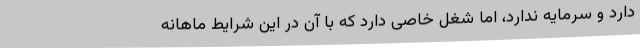
دارد و سرمایه ندارد، اما شغل خاصی دارد که با آن در این شرایط ماهانه